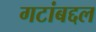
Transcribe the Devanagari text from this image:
गटांबद्दल